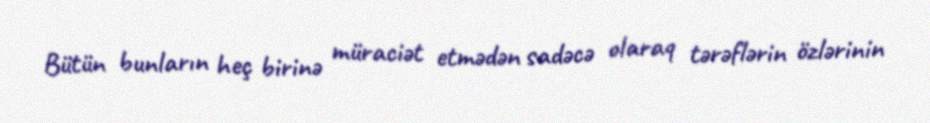
Bütün bunların heç birinə müraciət etmədən sadəcə olaraq tərəflərin özlərinin